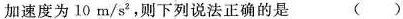
加速度为10m/s^{2}，则下列说法正确的是 ( )